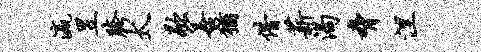
瀛昱胯太歇善犹借薪渴胁涅